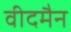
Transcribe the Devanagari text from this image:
वीदमैन